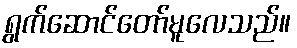
ရွက်ဆောင်တော်မူလေသည်။